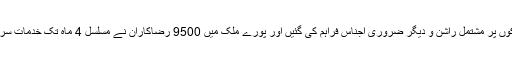
339 ٹرکوں پر مشتمل راشن و دیگر ضروری اجناس فراہم کی گئیں اور پورے ملک میں 9500 رضاکاران نے مسلسل 4 ماہ تک خدمات سرانجام دیں۔